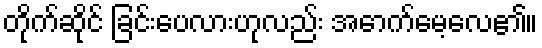
တိုက်ဆိုင် ခြင်းပေလားဟုလည်း အောက်မေ့လေ၏။